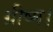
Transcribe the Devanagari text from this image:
ग्रीष्म।